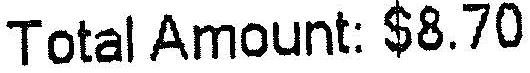
TOTAL AMOUNT: $8.70